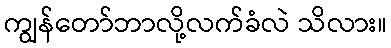
ကျွန်တော်ဘာလို့လက်ခံလဲ သိလား။